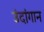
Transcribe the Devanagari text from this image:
उंदांगान